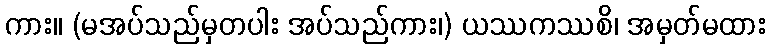
ကား။ (မအပ်သည်မှတပါး အပ်သည်ကား၊) ယဿကဿစိ၊ အမှတ်မထား